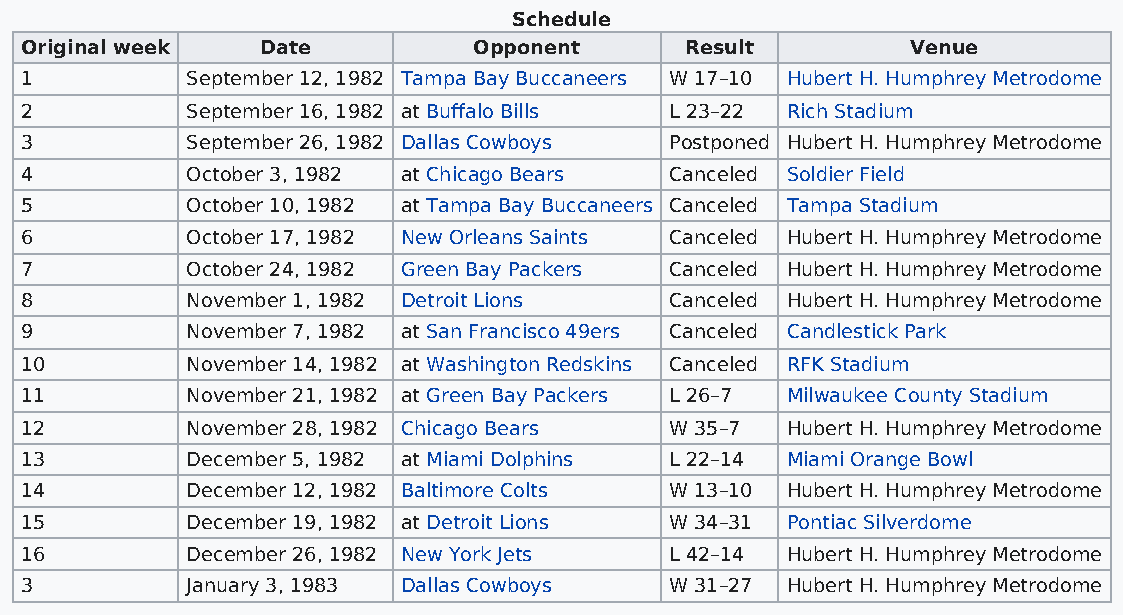
Schedule
 Original week   Date          Opponent      Result         Venue
 1          September 12, 1982 Tampa Bay Buccaneers W 17–10 Hubert H. Humphrey Metrodome
 2          September 16, 1982 at Buffalo Bills L 23–22 Rich Stadium
 3          September 26, 1982 Dallas Cowboys Postponed Hubert H. Humphrey Metrodome
 4          October 3, 1982 at Chicago Bears Canceled Soldier Field
 5          October 10, 1982 at Tampa Bay Buccaneers Canceled Tampa Stadium
 6          October 17, 1982 New Orleans Saints Canceled Hubert H. Humphrey Metrodome
 7          October 24, 1982 Green Bay Packers Canceled Hubert H. Humphrey Metrodome
 8          November 1, 1982 Detroit Lions  Canceled Hubert H. Humphrey Metrodome
 9          November 7, 1982 at San Francisco 49ers Canceled Candlestick Park
 10         November 14, 1982 at Washington Redskins Canceled RFK Stadium
 11         November 21, 1982 at Green Bay Packers L 26–7 Milwaukee County Stadium
 12         November 28, 1982 Chicago Bears W 35–7  Hubert H. Humphrey Metrodome
 13         December 5, 1982 at Miami Dolphins L 22–14 Miami Orange Bowl
 14         December 12, 1982 Baltimore Colts W 13–10 Hubert H. Humphrey Metrodome
 15         December 19, 1982 at Detroit Lions W 34–31 Pontiac Silverdome
 16         December 26, 1982 New York Jets L 42–14 Hubert H. Humphrey Metrodome
 3          January 3, 1983 Dallas Cowboys  W 31–27 Hubert H. Humphrey Metrodome